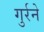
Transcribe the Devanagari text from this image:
गुर्रने